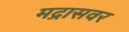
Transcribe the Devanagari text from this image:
मद्रासवर